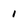
Character: i